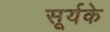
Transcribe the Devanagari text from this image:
सूर्यके